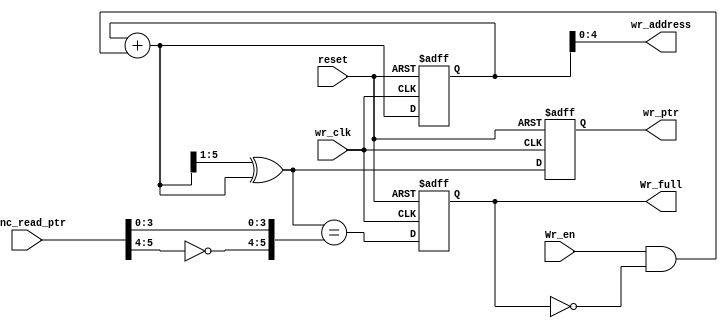
module write_address_gen #(parameter ADDR_WIDTH =5) (input wr_clk,input Wr_en,input [ADDR_WIDTH:0] sync_read_ptr,input reset, output reg Wr_full,output [ADDR_WIDTH-1:0] wr_address,output reg [ADDR_WIDTH:0] wr_ptr);

reg [ADDR_WIDTH:0] wr_bin_ptr;
wire temp_full;
wire [ADDR_WIDTH:0] wr_gray_ptr_next, wr_bin_ptr_next;

always @(posedge wr_clk,posedge reset)
	if (reset)
		{wr_bin_ptr, wr_ptr} <= 0;
	else
		{wr_bin_ptr, wr_ptr} <= {wr_bin_ptr_next, wr_gray_ptr_next};
	
assign wr_address = wr_bin_ptr[ADDR_WIDTH-1:0];
assign wr_bin_ptr_next = wr_bin_ptr + (Wr_en & ~Wr_full); // will increment by 1 as long as enable is 1 and full is 0
assign wr_gray_ptr_next = (wr_bin_ptr_next>>1) ^ wr_bin_ptr_next; // binary to gray code
assign temp_full = (wr_gray_ptr_next=={~sync_read_ptr[ADDR_WIDTH:ADDR_WIDTH-1], sync_read_ptr[ADDR_WIDTH-2:0]});
// if read_ptr is at 000000 and write_ptr is at 100000
// grey code is 000000 and 110000
// so 110000 == {~(00),0000} is fifo is full

always @(posedge wr_clk,posedge reset)
    if (reset)
		Wr_full <= 1'b0;
	 else
	    Wr_full <= temp_full;

endmodule